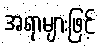
အရာများဖြင့်